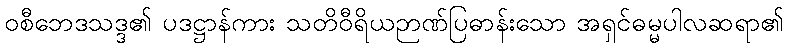
ဝစီဘေဒသဒ္ဒ၏ ပဒဋ္ဌာန်ကား သတိဝီရိယဉာဏ်ပြဓာန်းသော အရှင်ဓမ္မပါလဆရာ၏